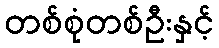
တစ်စုံတစ်ဦးနှင့်